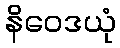
နိဝေဒယုံ